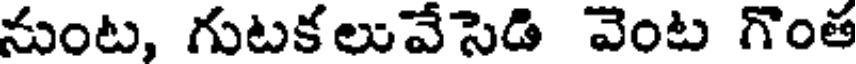
నుంట, గుటకలువేసెడి వెంట గొంత